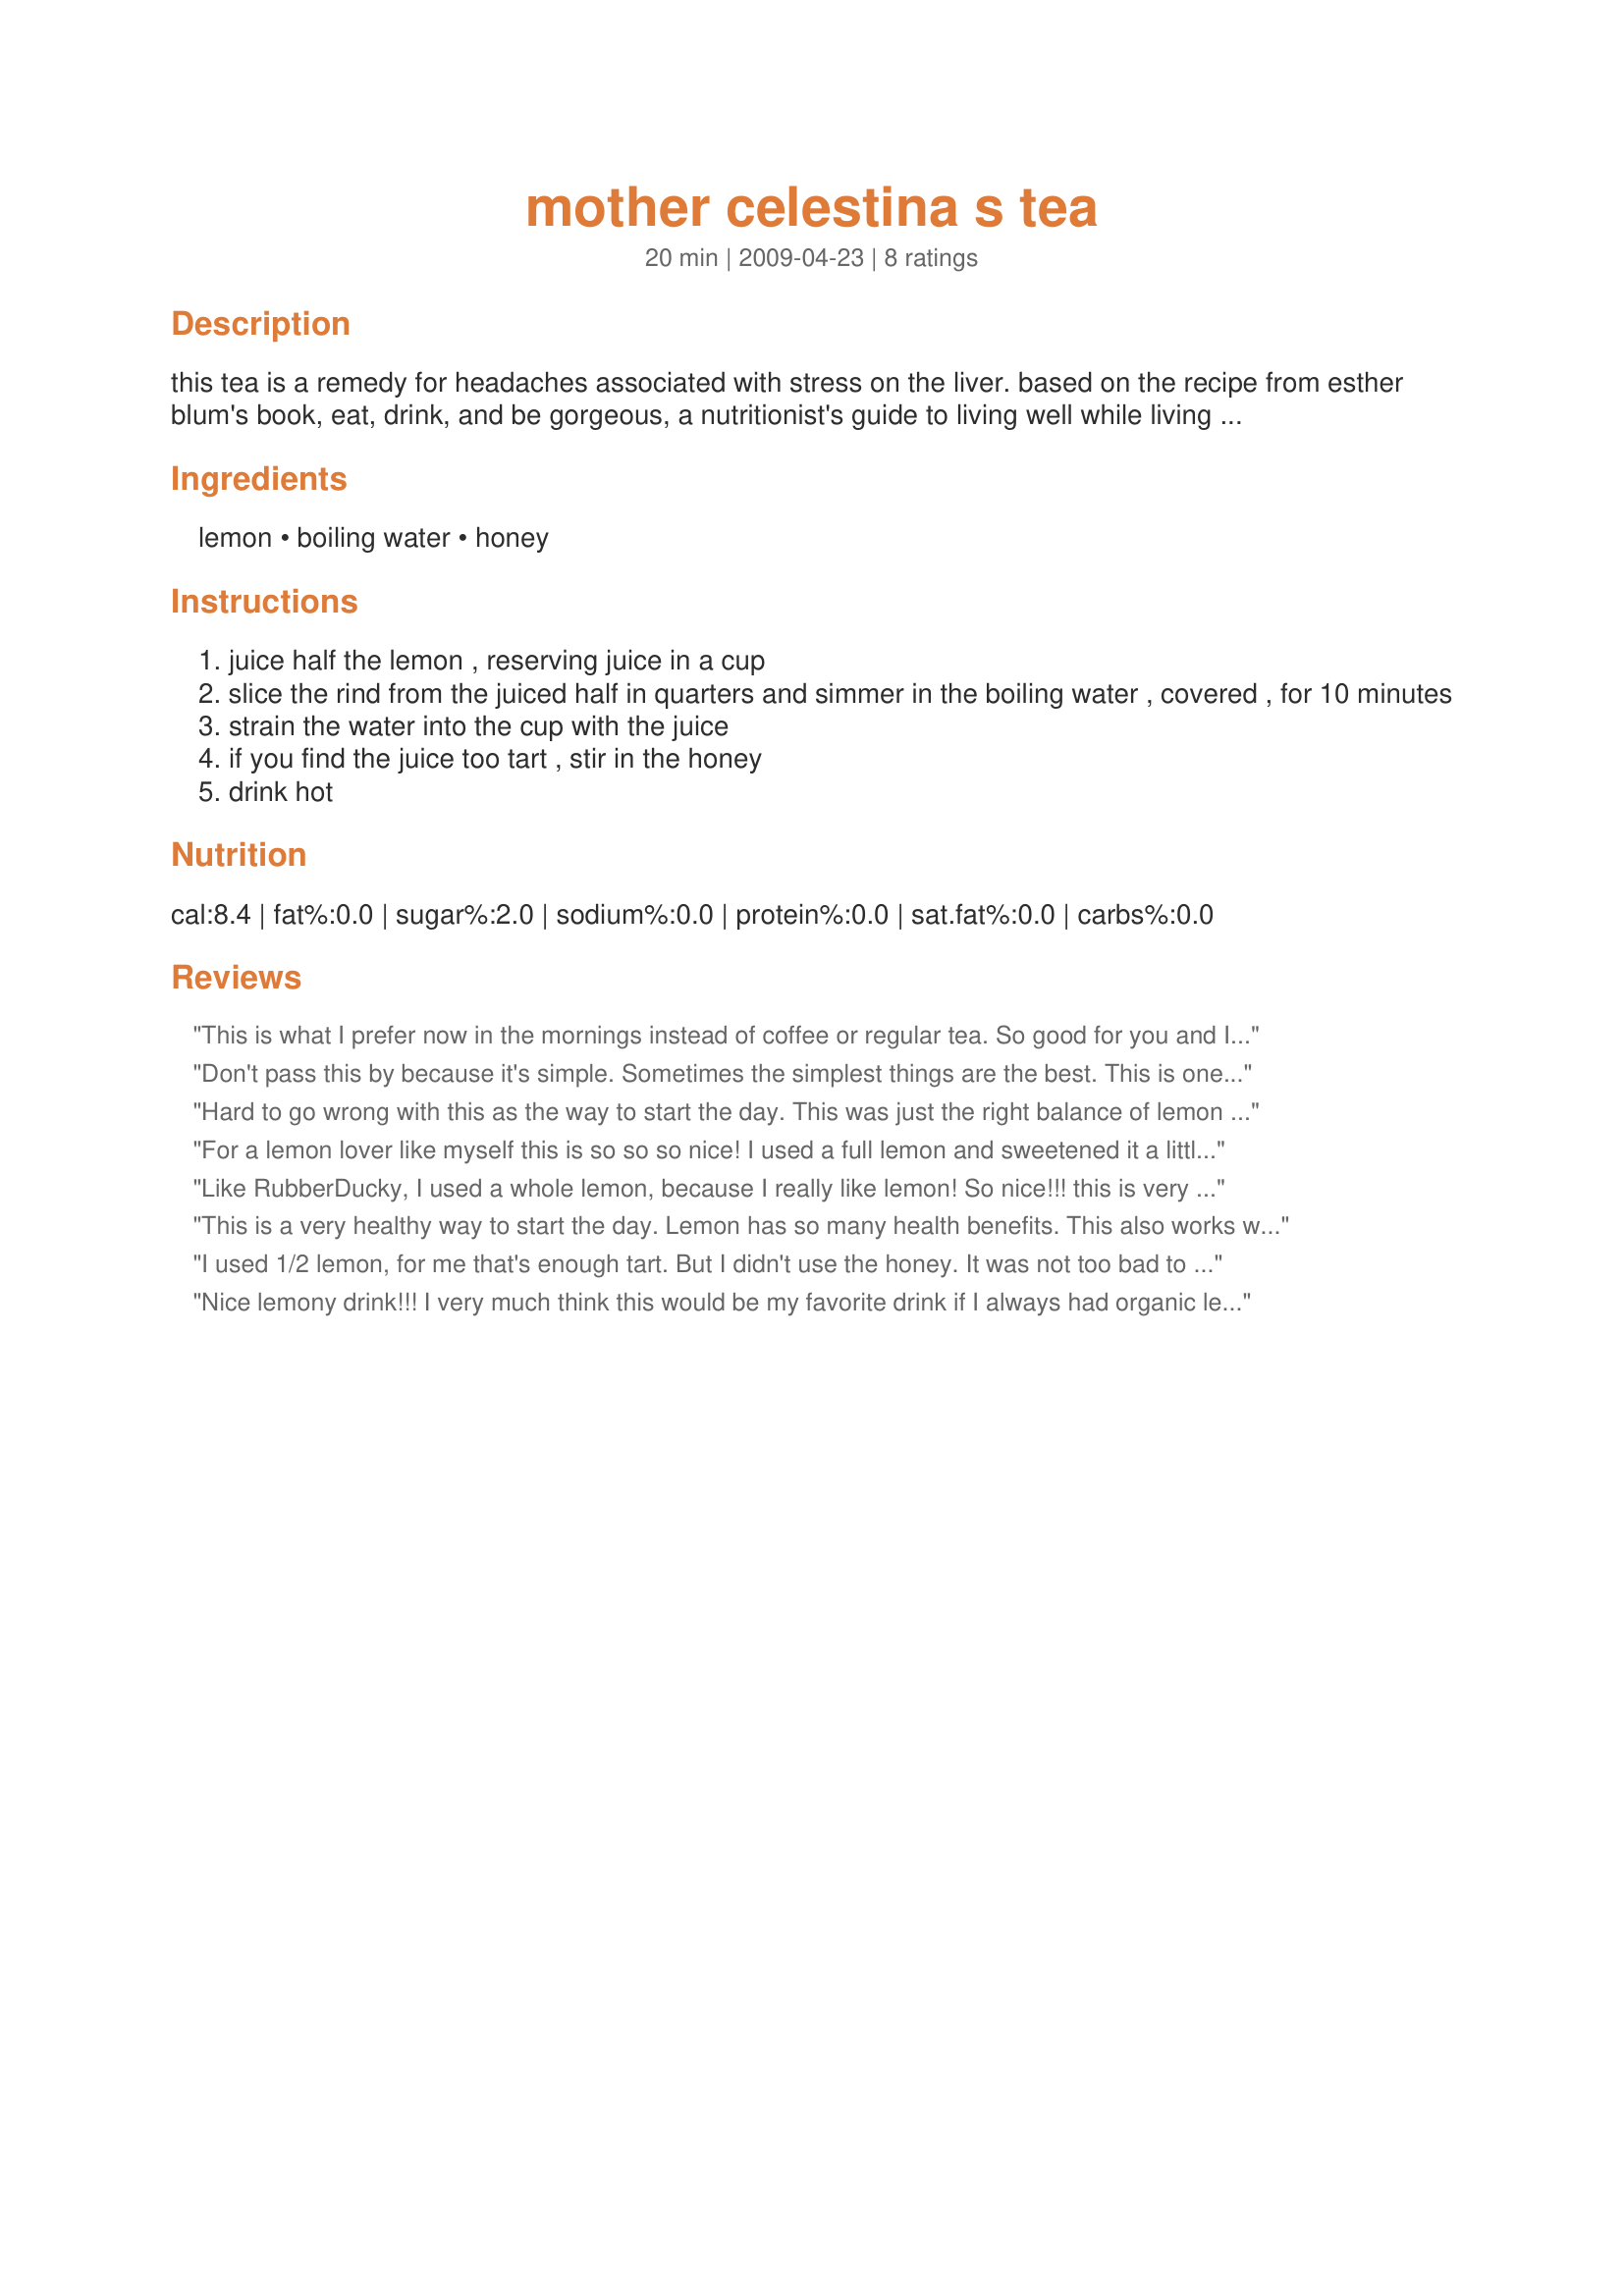
mother celestina s tea
Preparation time: 20 minutes

this tea is a remedy for headaches associated with stress on the liver. based on the recipe from esther blum's book, eat, drink, and be gorgeous, a nutritionist's guide to living well while living it up. she says this is "lemon sour power"!

Ingredients:
lemon, boiling water, honey

Steps:
juice half the lemon , reserving juice in a cup
slice the rind from the juiced half in quarters and simmer in the boiling water , covered , for 10 minutes
strain the water into the cup with the juice
if you find the juice too tart , stir in the honey
drink hot

Reviews:
This is what I prefer now in the mornings instead of coffee or regular tea. So good for you and I just love the flavor too. Thanks! Made for Vegetarian Swap-May 2009.
Don't pass this by because it's simple. Sometimes the simplest things are the best. This is one of them. It is definitely very lemony (but then, I use a whole lemon cos I love it) and the honey just takes the edge off. It is a really great metabolism shifter, and gets things moving if you know what I mean : )) I also love this when I am feeling a little unwell and have used it for years. Thanks Mersaydees, just love it.
Hard to go wrong with this as the way to start the day. This was just the right balance of lemon and honey. Thanks! Made for vegetarian tag.
For a lemon lover like myself this is so so so nice! I used a full lemon and sweetened it a little with some Recipe #400104.Thanks for sharing this little gem.
Like RubberDucky, I used a whole lemon, because I really like lemon! So nice!!! this is very refreshing and delicious, tart, yes, but so good! something I'm very happy to drink at any time. I didn't add the honey, since I have no sweet tooth, the sweetest I might go is adding an inch of cinnamon stick as it simmers on the stove, however, on this occasion I stuck with just the lemon.

Thanks mersaydees! made for veggie swap#15
This is a very healthy way to start the day. Lemon has so many health benefits. This also works well on colds. Sorry no photo as it was consumed before I was fully functional. Thanks so much for the post.
I used 1/2 lemon, for me that's enough tart. But I didn't use the honey. It was not too bad to drink. I got heartburn and it help a little bit while drinking it. My son of 4 years old likes the taste of lemon and he took a few sips and he liked it. Thanks Mersaydees :) Made for TYM tag game
Nice lemony drink!!! I very much think this would be my favorite drink if I always had organic lemons on hand. I did use half a non-organic lemon but I want to make this again and I know it would taste better and be 100% better for me with an organic one. I tasted it without honey added and loved it but I added a little for it's heath benefit mainly and it was nice too. Made for Special Event ~ Adopt a Veggie Tag!
